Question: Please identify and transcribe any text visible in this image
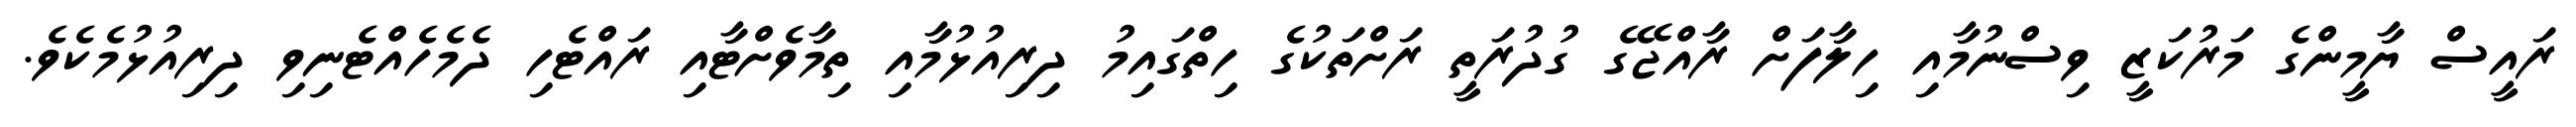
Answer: ރައީސް ޔާމީންގެ މަރުކަޒީ ވިސްނުމާއި ހިލާފަށް ރާއްޖޭގެ ގުދުރަތީ ރަށްތަކުގެ ހިތްގައިމު ދިރިއުޅުމާއި ތިމާވެށްޓާއި ރައްޓެހި ދެމެހެއްޓެނިވި ދިރިއުޅުމެކެވެ.